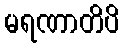
မရဏာတိပိ